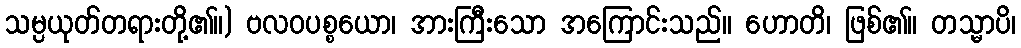
သမ္ပယုတ်တရားတို့၏။) ဗလဝပစ္စယော၊ အားကြီးသော အကြောင်းသည်။ ဟောတိ၊ ဖြစ်၏။ တသ္မာပိ၊